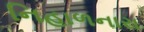
નિહાળનારા